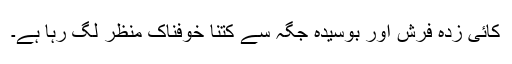
کائی زدہ فرش اور بوسیدہ جگہ سے کتنا خوفناک منظر لگ رہا ہے۔